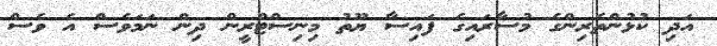
އަދި ކުޅުންތެރިންގެ މުސާރައިގެ ފައިސާ ޔޫތު މިނިސްޓްރީން ދިން ނަމަވެސް އެ ވެސް